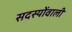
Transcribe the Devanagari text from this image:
सदस्योंवाली